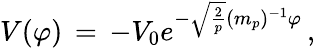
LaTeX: V(\varphi)\, =\, -V_{0}e^{-\sqrt{\frac{2}{p}}(m_{p})^{-1}\varphi}\, ,